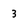
Character: 3